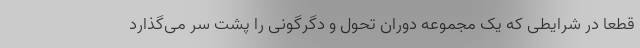
قطعا در شرایطی که یک مجموعه دوران تحول و دگرگونی را پشت سر می‌گذارد